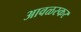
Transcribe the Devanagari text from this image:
आवळस्कर